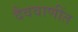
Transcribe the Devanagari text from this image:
दैववाणींत